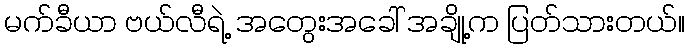
မက်ခီယာ ဗယ်လီရဲ့ အတွေးအခေါ် အချို့က ပြတ်သားတယ်။